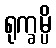
ရုက္ခမ္ပိ